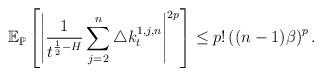
LaTeX: \begin{align*}\mathbb{E}_{\mathbb{P}}\left[\left|\frac{1}{t^{\frac{1}{2}-H}}\sum_{j=2}^n\triangle k_t^{1,j,n}\right|^{2p}\right]\leq p !\left((n-1)\beta \right)^{p}.\end{align*}